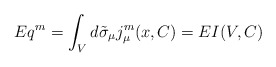
\begin{align*}E q^m = \int_{V} d\tilde{\sigma }_{\mu } j^{m}_{\mu } (x,C)= E I(V,C)\end{align*}